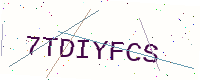
Text: 7TDIYFCS